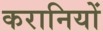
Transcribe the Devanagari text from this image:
करानियों